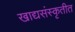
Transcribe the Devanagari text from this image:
खाद्यसंस्कृतीत